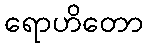
ရောဟိတော